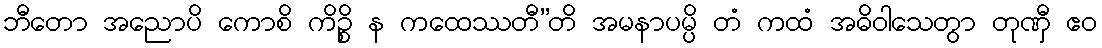
ဘီတော အညောပိ ကောစိ ကိဉ္စိ န ကထေဿတီ”တိ အမနာပမ္ပိ တံ ကထံ အဓိဝါသေတွာ တုဏှီ ဧဝ